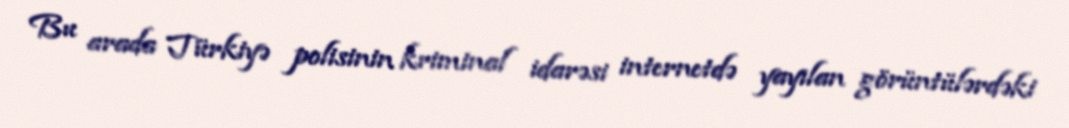
Bu arada Türkiyə polisinin kriminal idarəsi internetdə yayılan görüntülərdəki